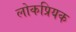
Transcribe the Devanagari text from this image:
लोकप्रियक